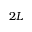
2 L